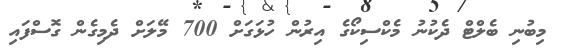
މިބުނި ބެލްްޓް ދެކުނު މެކްސިކޯގެ އިރުން ހުޅަގަށް 700 މޭލަށް ދެމިގެން ގޮސްފައި